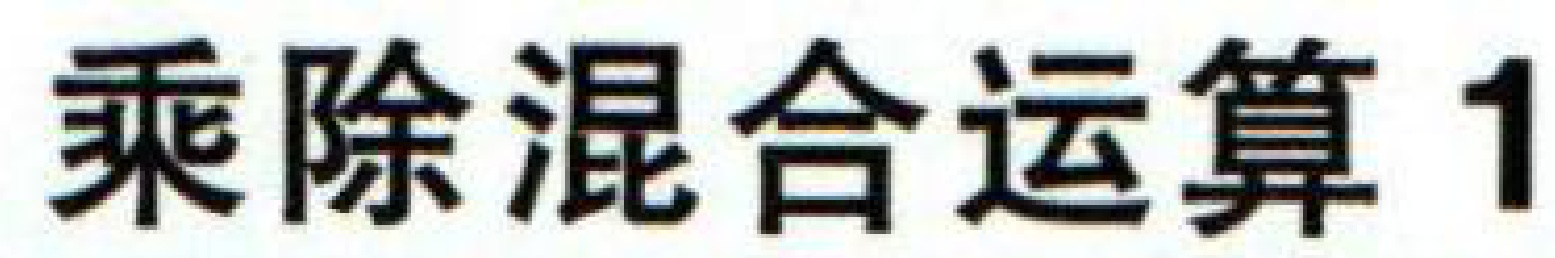
乘除混合运算 1